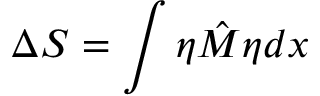
\Delta S = \int \eta \hat { M } \eta d x